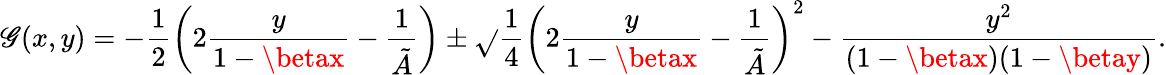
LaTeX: \mathscr{G}(x,y)=-\frac{{1}}{{2}}\left(2\frac{{y}}{{1-\betax}}-\frac{{1}}{{\tilde{{A}}}}\right)\pm\sqrt{}{{\frac{{1}}{{4}}\left(2\frac{{y}}{{1-\betax}}-\frac{{1}}{{\tilde{{A}}}}\right)^{2}-\frac{{y^{2}}}{{(1-\betax)(1-\betay)}}}}.